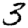
Digit: 3